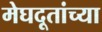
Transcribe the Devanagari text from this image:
मेघदूतांच्या